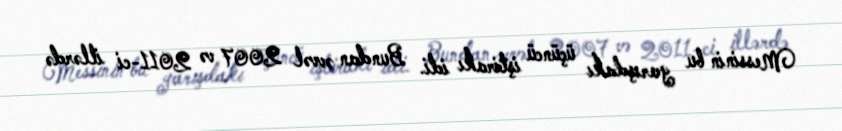
Messinin bu yarışdakı üçüncü iştirakı idi. Bundan əvvəl 2007 və 2011-ci illərdə